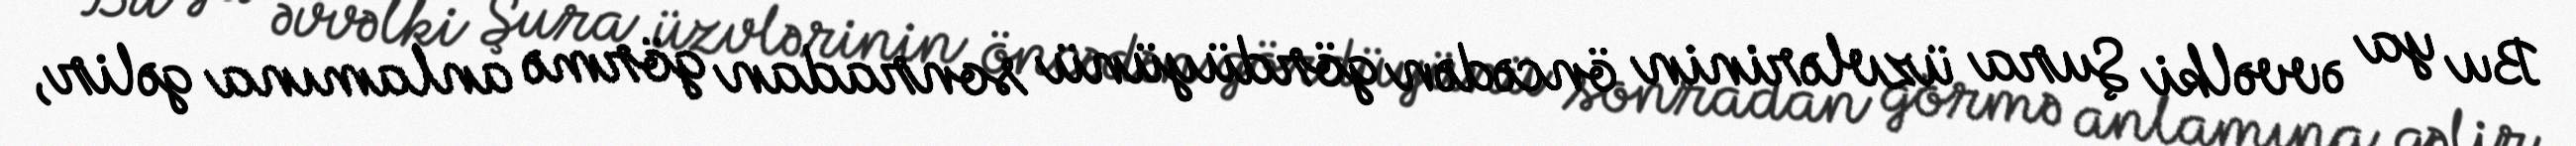
Bu ya əvvəlki Şura üzvlərinin öncədən gördüyünü sonradan görmə anlamına gəlir,